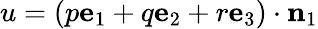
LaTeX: u=(p\mathbf{e}_{1}+q\mathbf{e}_{2}+r\mathbf{e}_{3})\cdot\mathbf{n}_{1}